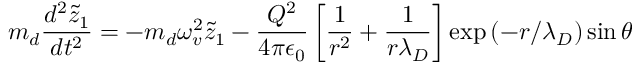
m _ { d } \frac { d ^ { 2 } \tilde { z } _ { 1 } } { d t ^ { 2 } } = - m _ { d } \omega _ { v } ^ { 2 } \tilde { z } _ { 1 } - \frac { Q ^ { 2 } } { 4 \pi \epsilon _ { 0 } } \left[ \frac { 1 } { r ^ { 2 } } + \frac { 1 } { r \lambda _ { D } } \right] \exp { \left( - r / \lambda _ { D } \right) } \sin \theta